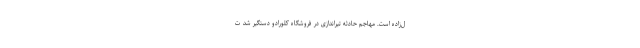
ل‌زاده است. مهاجمِ حادثه تیراندازی در فروشگاه کلورادو دستگیر شد ت